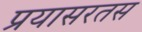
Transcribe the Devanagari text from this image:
प्रयासरतस